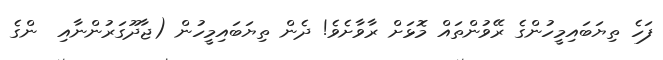
ފަހެ ތިޔަބައިމީހުންގެ ރޭވުންތައް މޮޅަށް ރާވާށެވެ! ދެން ތިޔަބައިމީހުން (ޖާދޫގަރުންނާއި  ންގެ